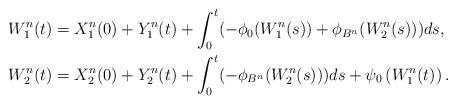
LaTeX: \begin{align*}W_1^n(t) &= X_1^n(0) + Y^{n}_1(t)+ \int_0^t(-\phi_0(W_1^n(s))+\phi_{B^n}(W_2^n(s)))ds, \\W_2^n(t) &= X_2^n(0) + Y^{n}_2(t) + \int_0^t(-\phi_{B^n}(W_2^n(s)))ds +\psi_0\left(W_1^n(t)\right) .\end{align*}